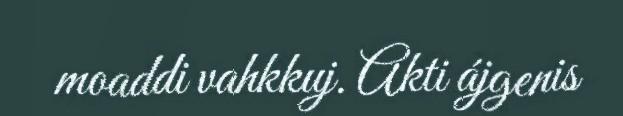
moaddi vahkkuj. Akti ájgenis